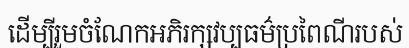
ដើម្បីរួមចំណែកអភិរក្សវប្បធម៌ប្រពៃណីរបស់